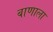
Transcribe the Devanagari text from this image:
बाणाला